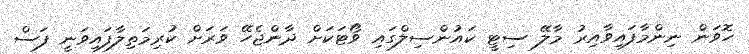
ހޮވަން ނިންމާފައިވާއިރު މާލޭ ސިޓީ ކައުންސިލްގައި ވޯޓަކަށް ދާންޖެހޭ ވަރަށް ކުރިމަތިލާފައިވަނީ ފަސް